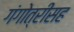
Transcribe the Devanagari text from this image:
गंगोत्रीसह